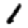
Digit: 1